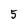
Character: 5